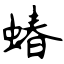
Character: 蝽